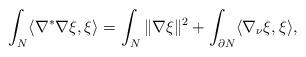
LaTeX: \begin{align*} \int_N\langle\nabla^*\nabla\xi,\xi\rangle=\int_N\|\nabla\xi\|^2+\int_{\partial N}\langle \nabla_\nu\xi,\xi\rangle, \end{align*}